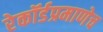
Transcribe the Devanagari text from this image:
रेकॉर्डप्रमाणेच